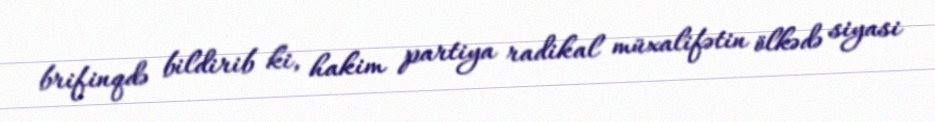
brifinqdə bildirib ki, hakim partiya radikal müxalifətin ölkədə siyasi